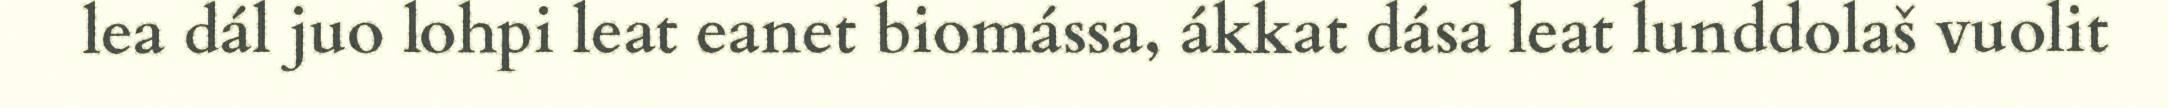
lea dál juo lohpi leat eanet biomássa, ákkat dása leat lunddolaš vuolit